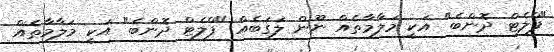
"ފްލެޓް ދޮންބެ" އަކީ މަލާމާތެއް ނޫން ލަގަބެއް "ފްލެޓް ދޮންބެ" އަކީ މަލާމާތެއް